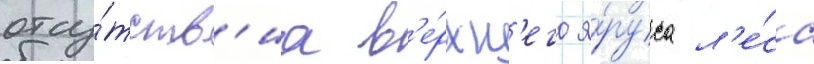
отсу́тств'иа в'е́рхн'его я́руса л'е́са